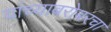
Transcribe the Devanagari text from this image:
यांच्याबरोबरचा